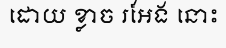
ដោយ ខ្លាច រអែង នោះ